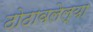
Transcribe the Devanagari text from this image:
ठोठावलेल्या